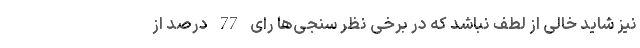
نیز شاید خالی از لطف نباشد که در برخی نظر سنجی‌­ها رای 77 درصد از